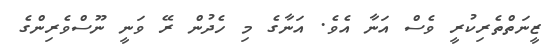
ޒީނަތްތެރިކުރީ ވެސް އަނާ އެވެ. އަނާގެ މި ހެދުން ރޭ ވަނީ ނޫސްވެރިންގެ